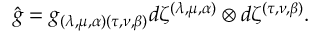
\hat { g } = g _ { ( \lambda , \mu , \alpha ) ( \tau , \nu , \beta ) } d \zeta ^ { ( \lambda , \mu , \alpha ) } \otimes d \zeta ^ { ( \tau , \nu , \beta ) } .